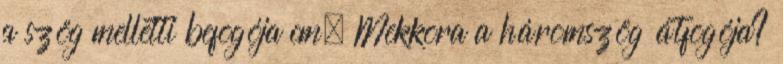
a szög melletti befogója cm. Mekkora a háromszög átfogója?